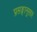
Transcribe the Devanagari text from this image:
प्रसङ्गानुसार